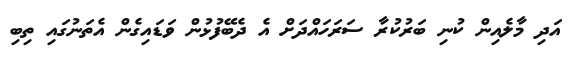
އަދި މާލެއިން ކުނި ބަރުކުރާ ސަރަހައްދަށް އެ ދެބޭފުޅުން ވަޑައިގެން އެތަނުގައި ތިބި